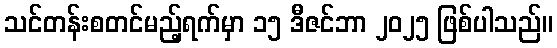
သင်တန်းစတင်မည့်ရက်မှာ ၁၅ ဒီဇင်ဘာ ၂၀၂၅ ဖြစ်ပါသည်။